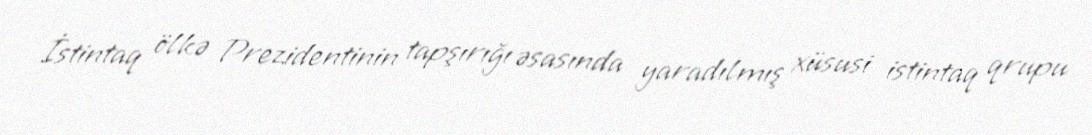
İstintaq ölkə Prezidentinin tapşırığı əsasında yaradılmış xüsusi istintaq qrupu